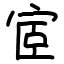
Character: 宧